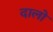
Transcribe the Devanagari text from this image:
दालो